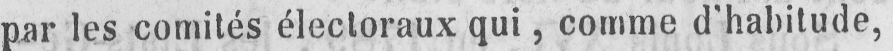
par les comités électoraux qui, comme d’habitude,